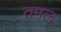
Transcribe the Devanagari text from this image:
तमल